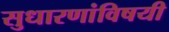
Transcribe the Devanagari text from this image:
सुधारणांविषयी